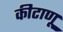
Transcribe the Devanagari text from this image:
कीटाणू